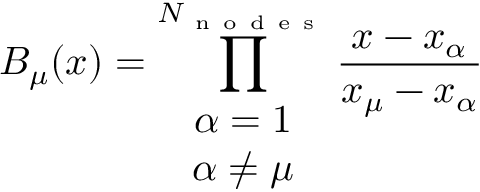
B _ { \mu } ( x ) = \prod _ { \begin{array} { c } { \alpha = 1 } \\ { \alpha \neq \mu } \end{array} } ^ { N _ { \mathrm { ~ n ~ o ~ d ~ e ~ s ~ } } } \frac { x - x _ { \alpha } } { x _ { \mu } - x _ { \alpha } }